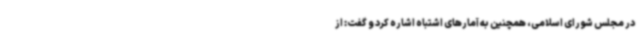
در مجلس شورای اسلامی، همچنین به آمارهای اشتباه اشاره کرد و گفت: از